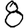
Digit: 8